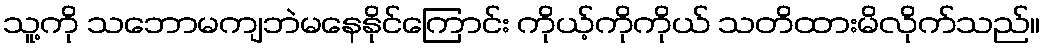
သူ့ကို သဘောမကျဘဲမနေနိုင်ကြောင်း ကိုယ့်ကိုကိုယ် သတိထားမိလိုက်သည်။